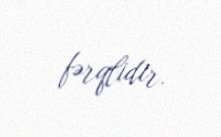
fərqlidir.